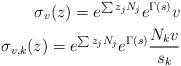
LaTeX: \begin{align*}\sigma_v(z) = e^{\sum z_j N_j} e^{\Gamma(s)} v \\\sigma_{v,k}(z) = e^{\sum z_j N_j} e^{\Gamma(s)} \frac{N_k v}{s_k}\end{align*}